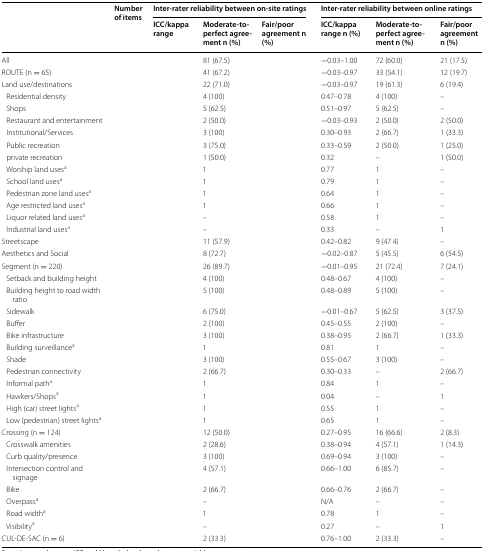
<table><thead><tr><td rowspan="2">[EMPTY_CELL]</td><td rowspan="2"><b>Number of items</b></td><td colspan="3"><b>Inter-rater reliability between on-site ratings</b></td><td colspan="3"><b>Inter-rater reliability between online ratings</b></td></tr><tr><td><b>ICC/kappa range</b></td><td><b>Moderate-to-perfect agreement n (%)</b></td><td><b>Fair/poor agreement n (%)</b></td><td><b>ICC/kappa range n (%)</b></td><td><b>Moderate-to-perfect agreement n (%)</b></td><td><b>Fair/poor agreement n (%)</b></td></tr></thead><tbody><tr><td>All</td><td>[EMPTY_CELL]</td><td>[EMPTY_CELL]</td><td>81 (67.5)</td><td>[EMPTY_CELL]</td><td>−0.03–1.00</td><td>72 (60.0)</td><td>21 (17.5)</td></tr><tr><td>ROUTE (n = 65)</td><td>[EMPTY_CELL]</td><td>[EMPTY_CELL]</td><td>41 (67.2)</td><td>[EMPTY_CELL]</td><td>−0.03–0.97</td><td>33 (54.1)</td><td>12 (19.7)</td></tr><tr><td>Land use/destinations</td><td>[EMPTY_CELL]</td><td>[EMPTY_CELL]</td><td>22 (71.0)</td><td>[EMPTY_CELL]</td><td>−0.03–0.97</td><td>19 (61.3)</td><td>6 (19.4)</td></tr><tr><td> Residential density</td><td>[EMPTY_CELL]</td><td>[EMPTY_CELL]</td><td>4 (100)</td><td>[EMPTY_CELL]</td><td>0.47–0.78</td><td>4 (100)</td><td>–</td></tr><tr><td> Shops</td><td>[EMPTY_CELL]</td><td>[EMPTY_CELL]</td><td>5 (62.5)</td><td>[EMPTY_CELL]</td><td>0.51–0.97</td><td>5 (62.5)</td><td>–</td></tr><tr><td> Restaurant and entertainment</td><td>[EMPTY_CELL]</td><td>[EMPTY_CELL]</td><td>2 (50.0)</td><td>[EMPTY_CELL]</td><td>−0.03–0.93</td><td>2 (50.0)</td><td>2 (50.0)</td></tr><tr><td> Institutional/Services</td><td>[EMPTY_CELL]</td><td>[EMPTY_CELL]</td><td>3 (100)</td><td>[EMPTY_CELL]</td><td>0.30–0.93</td><td>2 (66.7)</td><td>1 (33.3)</td></tr><tr><td> Public recreation</td><td>[EMPTY_CELL]</td><td>[EMPTY_CELL]</td><td>3 (75.0)</td><td>[EMPTY_CELL]</td><td>0.33–0.59</td><td>2 (50.0)</td><td>1 (25.0)</td></tr><tr><td> private recreation</td><td>[EMPTY_CELL]</td><td>[EMPTY_CELL]</td><td>1 (50.0)</td><td>[EMPTY_CELL]</td><td>0.32</td><td>–</td><td>1 (50.0)</td></tr><tr><td> Worship land uses<sup>a</sup></td><td>[EMPTY_CELL]</td><td>[EMPTY_CELL]</td><td>1</td><td>[EMPTY_CELL]</td><td>0.77</td><td>1</td><td>–</td></tr><tr><td> School land uses<sup>a</sup></td><td>[EMPTY_CELL]</td><td>[EMPTY_CELL]</td><td>1</td><td>[EMPTY_CELL]</td><td>0.79</td><td>1</td><td>–</td></tr><tr><td> Pedestrian zone land uses<sup>a</sup></td><td>[EMPTY_CELL]</td><td>[EMPTY_CELL]</td><td>1</td><td>[EMPTY_CELL]</td><td>0.64</td><td>1</td><td>–</td></tr><tr><td> Age restricted land uses<sup>a</sup></td><td>[EMPTY_CELL]</td><td>[EMPTY_CELL]</td><td>1</td><td>[EMPTY_CELL]</td><td>0.66</td><td>1</td><td>–</td></tr><tr><td> Liquor related land uses<sup>a</sup></td><td>[EMPTY_CELL]</td><td>[EMPTY_CELL]</td><td>–</td><td>[EMPTY_CELL]</td><td>0.58</td><td>1</td><td>–</td></tr><tr><td> Industrial land uses<sup>a</sup></td><td>[EMPTY_CELL]</td><td>[EMPTY_CELL]</td><td>–</td><td>[EMPTY_CELL]</td><td>0.33</td><td>–</td><td>1</td></tr><tr><td>Streetscape</td><td>[EMPTY_CELL]</td><td>[EMPTY_CELL]</td><td>11 (57.9)</td><td>[EMPTY_CELL]</td><td>0.42–0.82</td><td>9 (47.4)</td><td>–</td></tr><tr><td>Aesthetics and Social</td><td>[EMPTY_CELL]</td><td>[EMPTY_CELL]</td><td>8 (72.7)</td><td>[EMPTY_CELL]</td><td>−0.02–0.87</td><td>5 (45.5)</td><td>6 (54.5)</td></tr><tr><td>Segment (n = 220)</td><td>[EMPTY_CELL]</td><td>[EMPTY_CELL]</td><td>26 (89.7)</td><td>[EMPTY_CELL]</td><td>−0.01–0.95</td><td>21 (72.4)</td><td>7 (24.1)</td></tr><tr><td> Setback and building height</td><td>[EMPTY_CELL]</td><td>[EMPTY_CELL]</td><td>4 (100)</td><td>[EMPTY_CELL]</td><td>0.48–0.67</td><td>4 (100)</td><td>–</td></tr><tr><td> Building height to road width ratio</td><td>[EMPTY_CELL]</td><td>[EMPTY_CELL]</td><td>5 (100)</td><td>[EMPTY_CELL]</td><td>0.48–0.89</td><td>5 (100)</td><td>–</td></tr><tr><td> Sidewalk</td><td>[EMPTY_CELL]</td><td>[EMPTY_CELL]</td><td>6 (75.0)</td><td>[EMPTY_CELL]</td><td>−0.01–0.67</td><td>5 (62.5)</td><td>3 (37.5)</td></tr><tr><td> Buffer</td><td>[EMPTY_CELL]</td><td>[EMPTY_CELL]</td><td>2 (100)</td><td>[EMPTY_CELL]</td><td>0.45–0.55</td><td>2 (100)</td><td>–</td></tr><tr><td> Bike infrastructure</td><td>[EMPTY_CELL]</td><td>[EMPTY_CELL]</td><td>3 (100)</td><td>[EMPTY_CELL]</td><td>0.38–0.95</td><td>2 (66.7)</td><td>1 (33.3)</td></tr><tr><td> Building surveillance<sup>a</sup></td><td>[EMPTY_CELL]</td><td>[EMPTY_CELL]</td><td>1</td><td>[EMPTY_CELL]</td><td>0.81</td><td>1</td><td>–</td></tr><tr><td> Shade</td><td>[EMPTY_CELL]</td><td>[EMPTY_CELL]</td><td>3 (100)</td><td>[EMPTY_CELL]</td><td>0.55–0.67</td><td>3 (100)</td><td>–</td></tr><tr><td> Pedestrian connectivity</td><td>[EMPTY_CELL]</td><td>[EMPTY_CELL]</td><td>2 (66.7)</td><td>[EMPTY_CELL]</td><td>0.30–0.33</td><td>–</td><td>2 (66.7)</td></tr><tr><td> Informal path<sup>a</sup></td><td>[EMPTY_CELL]</td><td>[EMPTY_CELL]</td><td>1</td><td>[EMPTY_CELL]</td><td>0.84</td><td>1</td><td>–</td></tr><tr><td> Hawkers/Shops<sup>a</sup></td><td>[EMPTY_CELL]</td><td>[EMPTY_CELL]</td><td>1</td><td>[EMPTY_CELL]</td><td>0.04</td><td>–</td><td>1</td></tr><tr><td> High (car) street lights<sup>a</sup></td><td>[EMPTY_CELL]</td><td>[EMPTY_CELL]</td><td>1</td><td>[EMPTY_CELL]</td><td>0.55</td><td>1</td><td>–</td></tr><tr><td> Low (pedestrian) street lights<sup>a</sup></td><td>[EMPTY_CELL]</td><td>[EMPTY_CELL]</td><td>1</td><td>[EMPTY_CELL]</td><td>0.65</td><td>1</td><td>–</td></tr><tr><td>Crossing (n = 124)</td><td>[EMPTY_CELL]</td><td>[EMPTY_CELL]</td><td>12 (50.0)</td><td>[EMPTY_CELL]</td><td>0.27–0.95</td><td>16 (66.6)</td><td>2 (8.3)</td></tr><tr><td> Crosswalk amenities</td><td>[EMPTY_CELL]</td><td>[EMPTY_CELL]</td><td>2 (28.6)</td><td>[EMPTY_CELL]</td><td>0.38–0.94</td><td>4 (57.1)</td><td>1 (14.3)</td></tr><tr><td> Curb quality/presence</td><td>[EMPTY_CELL]</td><td>[EMPTY_CELL]</td><td>3 (100)</td><td>[EMPTY_CELL]</td><td>0.69–0.94</td><td>3 (100)</td><td>–</td></tr><tr><td> Intersection control and signage</td><td>[EMPTY_CELL]</td><td>[EMPTY_CELL]</td><td>4 (57.1)</td><td>[EMPTY_CELL]</td><td>0.66–1.00</td><td>6 (85.7)</td><td>–</td></tr><tr><td> Bike</td><td>[EMPTY_CELL]</td><td>[EMPTY_CELL]</td><td>2 (66.7)</td><td>[EMPTY_CELL]</td><td>0.66–0.76</td><td>2 (66.7)</td><td>–</td></tr><tr><td> Overpass<sup>a</sup></td><td>[EMPTY_CELL]</td><td>[EMPTY_CELL]</td><td>–</td><td>[EMPTY_CELL]</td><td>N/A</td><td>–</td><td>–</td></tr><tr><td> Road width<sup>a</sup></td><td>[EMPTY_CELL]</td><td>[EMPTY_CELL]</td><td>1</td><td>[EMPTY_CELL]</td><td>0.78</td><td>1</td><td>–</td></tr><tr><td> Visibility<sup>a</sup></td><td>[EMPTY_CELL]</td><td>[EMPTY_CELL]</td><td>–</td><td>[EMPTY_CELL]</td><td>0.27</td><td>–</td><td>1</td></tr><tr><td>CUL-DE-SAC (n = 6)</td><td>[EMPTY_CELL]</td><td>[EMPTY_CELL]</td><td>2 (33.3)</td><td>[EMPTY_CELL]</td><td>0.76–1.00</td><td>2 (33.3)</td><td>–</td></tr></tbody></table>